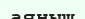
аяныш